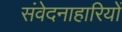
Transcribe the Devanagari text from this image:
संवेदनाहारियों